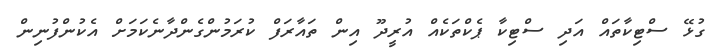
ގުޅޭ ސްޓިކާތައް އަދި ސްޓިކާ ޕެކްތަކެއް އުރީދޫ އިން ތައާރަފް ކުރަމުންގެންދާނެކަމަށް އެކުންފުނިން